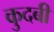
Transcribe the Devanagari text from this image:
कुदबी